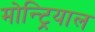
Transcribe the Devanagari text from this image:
मोन्ट्रियाल